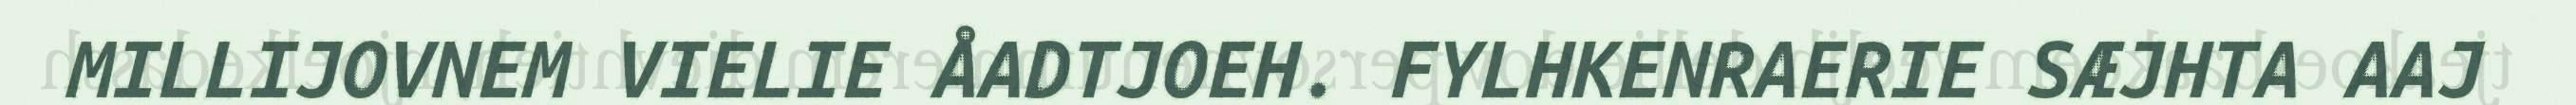
MILLIJOVNEM VIELIE ÅADTJOEH. FYLHKENRAERIE SÆJHTA AAJ